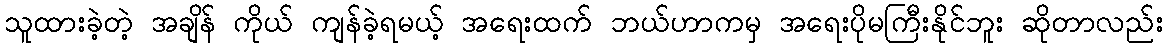
သူထားခဲ့တဲ့ အချိန် ကိုယ် ကျန်ခဲ့ရမယ့် အရေးထက် ဘယ်ဟာကမှ အရေးပိုမကြီးနိုင်ဘူး ဆိုတာလည်း